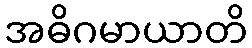
အဓိဂမာယာတိ